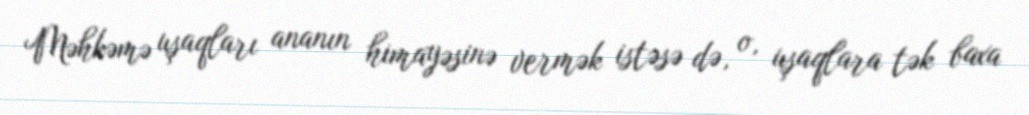
Məhkəmə uşaqları ananın himayəsinə vermək istəsə də, o, uşaqlara tək baxa